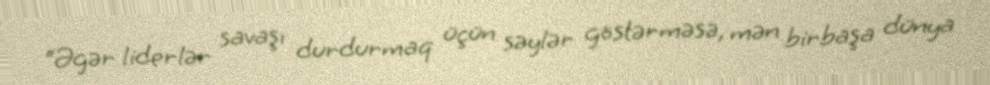
“Əgər liderlər savaşı durdurmaq üçün səylər göstərməsə, mən birbaşa dünya